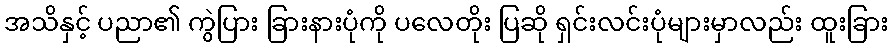
အသိနှင့် ပညာ၏ ကွဲပြား ခြားနားပုံကို ပလေတိုး ပြဆို ရှင်းလင်းပုံများမှာလည်း ထူးခြား